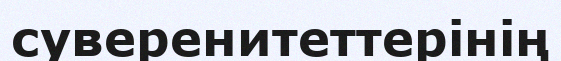
суверенитеттерінің